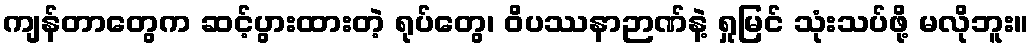
ကျန်တာတွေက ဆင့်ပွားထားတဲ့ ရုပ်တွေ၊ ဝိပဿနာဉာဏ်နဲ့ ရှုမြင် သုံးသပ်ဖို့ မလိုဘူး။